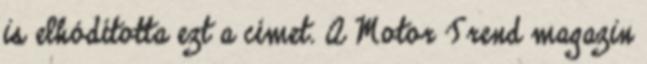
is elhódította ezt a címet. A Motor Trend magazin